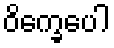
ဝိက္ခေပေါ